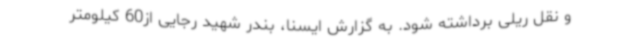
و نقل ریلی برداشته شود. به گزارش ایسنا، بندر شهید رجایی از60 کیلومتر